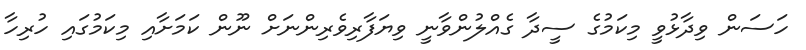
ހަސަން ވިދާޅުވީ މިކަމުގެ ސީދާ ގެއްލުންވާނީ ވިޔަފާރިވެރިންނަށް ނޫން ކަމަށާއި މިކަމުގައި ހުރިހާ